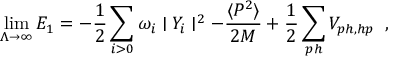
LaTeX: \operatorname * { l i m } _ { \Lambda \to \infty } E _ { 1 } = - \frac { 1 } { 2 } \sum _ { i > 0 } \omega _ { i } \mid Y _ { i } \mid ^ { 2 } - \frac { \langle P ^ { 2 } \rangle } { 2 M } + \frac { 1 } { 2 } \sum _ { p h } V _ { p h , h p } \; \; ,